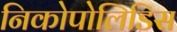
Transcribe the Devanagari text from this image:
निकोपोलिडिस